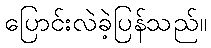
ပြောင်းလဲခဲ့ပြန်သည်။